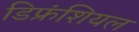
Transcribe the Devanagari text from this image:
डिफ्रंशियल